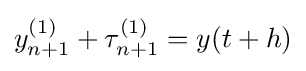
y_{n+1}^{(1)}+\tau _{n+1}^{(1)}=y(t+h)